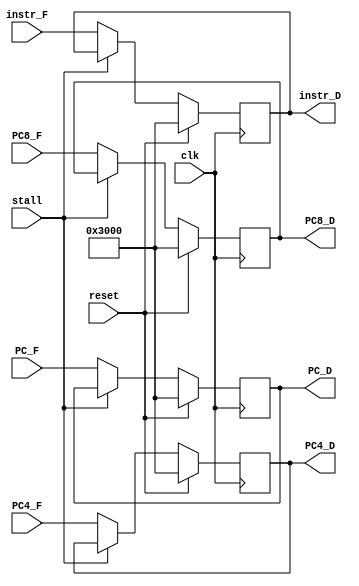
`timescale 1ns / 1ps
//////////////////////////////////////////////////////////////////////////////////
// Company: 
// Engineer: 
// 
// Design Name: 
// Module Name:    IF_ID 
// Project Name: 
// Target Devices: 
// Tool versions: 
// Description: 
//
// Dependencies: 
//
// Revision: 
// Revision 0.01 - File Created
// Additional Comments: 
//
//////////////////////////////////////////////////////////////////////////////////
module IF_ID(
	 input clk,
	 input reset, //
	 input stall,
	 input [31:0] instr_F,
	 input [31:0] PC_F,
	 input [31:0] PC4_F,
	 input [31:0] PC8_F,
	 
	 output [31:0] instr_D,
	 output [31:0] PC_D,
	 output [31:0] PC4_D,
	 output [31:0] PC8_D
    );
	 
	 reg [31:0] in,pc,p4,p8;
	 assign instr_D = in;
	 assign PC_D = pc;
	 assign PC4_D = p4;
	 assign PC8_D = p8;
	 
	 initial begin
		in <= 0;
		pc <= 32'h0000_3000;
		p4 <= 32'h0000_3000;
		p8 <= 32'h0000_3000;		
	 end
	 always@(posedge clk)begin
		if(reset)begin
			in <= 32'h0000_3000;
			pc <= 32'h0000_3000;
			p4 <= 32'h0000_3000;
			p8 <= 32'h0000_3000;
		end
		else begin
			if(stall)begin
				in <= in;
				pc <= pc;
				p4 <= p4;
				p8 <= p8;
			end
			else begin
				in <= instr_F;
				pc <= PC_F;
				p4 <= PC4_F;
				p8 <= PC8_F;
			end
		end
	 end

endmodule